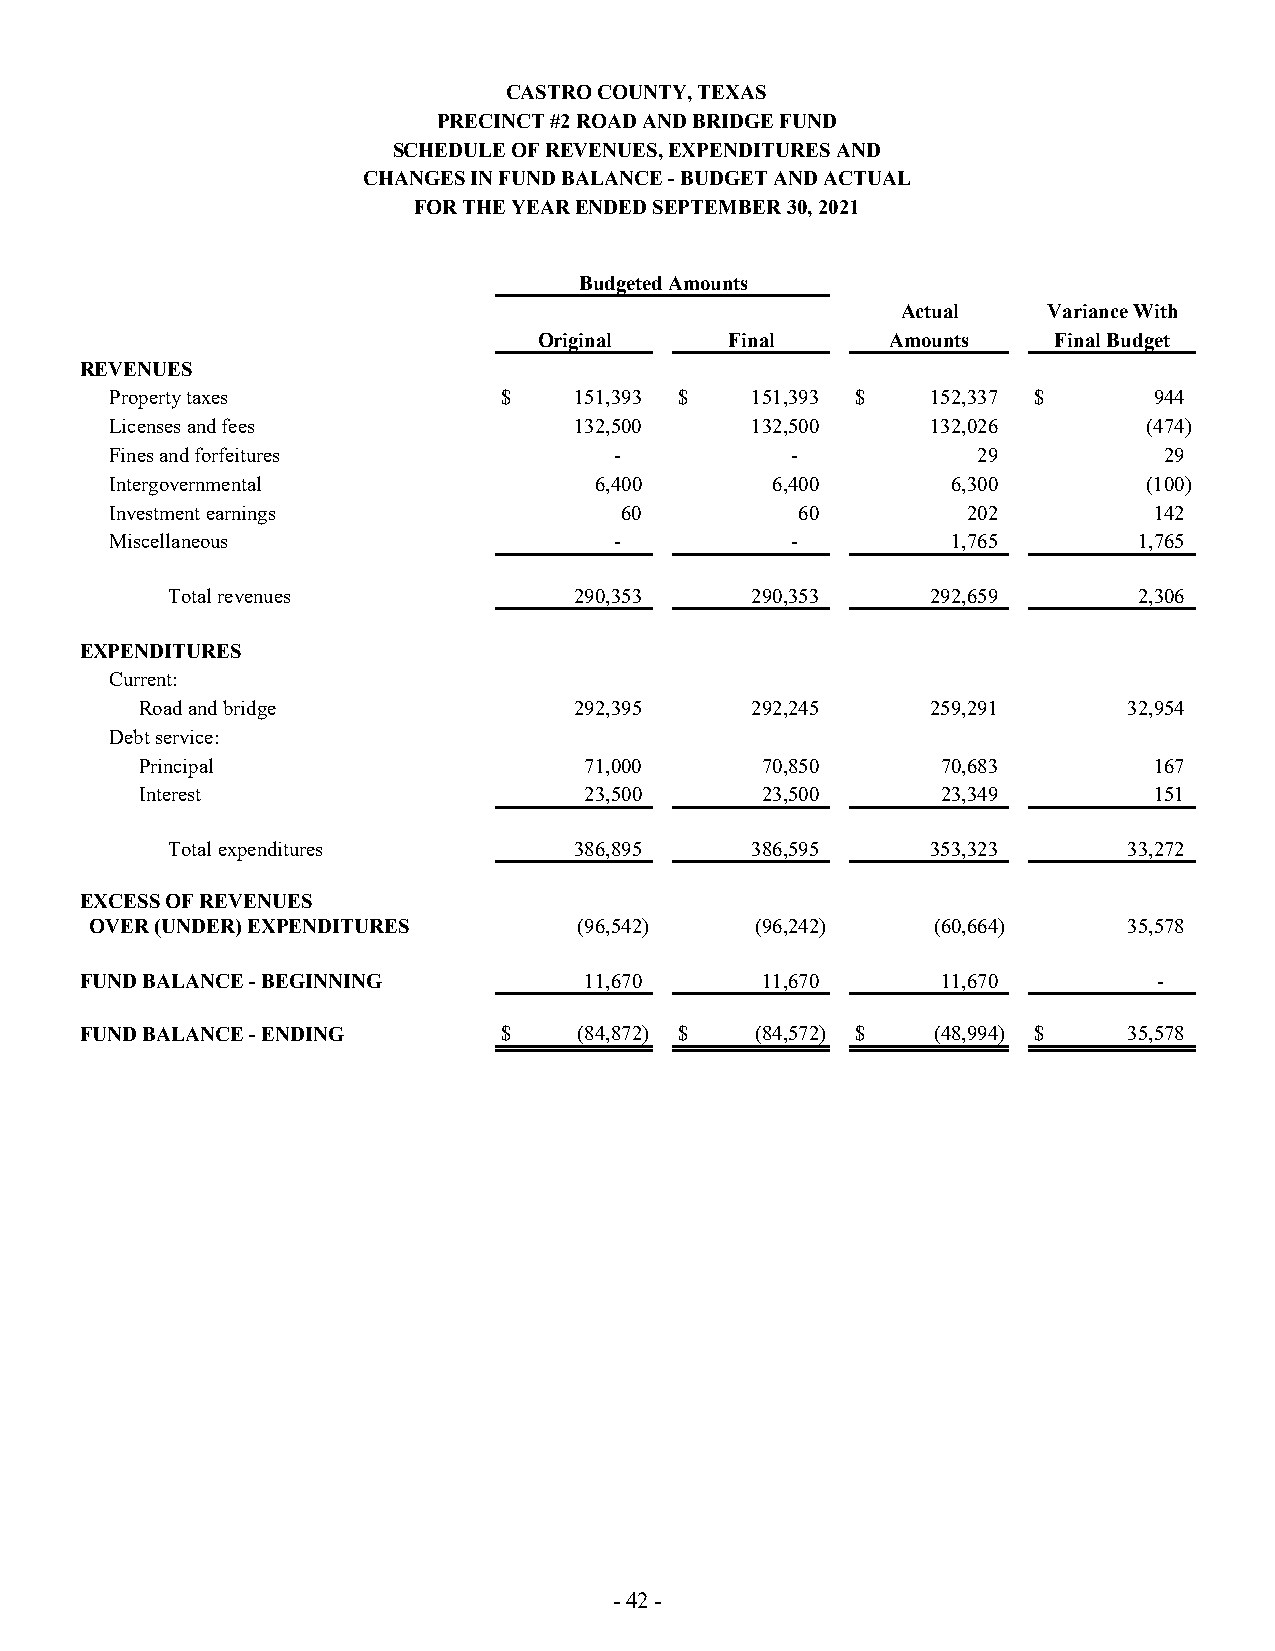
CASTRO COUNTY, TEXAS
 PRECINCT #2 ROAD AND BRIDGE FUND
 SCHEDULE OF REVENUES, EXPENDITURES AND
 CHANGES IN FUND BALANCE - BUDGET AND ACTUAL
 FOR THE YEAR ENDED SEPTEMBER 30, 2021
 Budgeted Amounts
 Actual   Variance With
 Original    Final      Amounts    Final Budget
 REVENUES
 Property taxes            $    151,393 $   151,393 $   152,337 $     944
 Licenses and fees              132,500     132,500     132,026       (474)
 Fines and forfeitures             -          -            29          29
 Intergovernmental               6,400       6,400       6,300        (100)
 Investment earnings               60          60         202         142
 Miscellaneous                     -          -          1,765       1,765
 Total revenues             290,353     290,353     292,659      2,306
 EXPENDITURES
 Current:
 Road and bridge              292,395     292,245     259,291      32,954
 Debt service:
 Principal                     71,000     70,850      70,683        167
 Interest                      23,500     23,500      23,349        151
 Total expenditures         386,895     386,595     353,323      33,272
 EXCESS OF REVENUES
 OVER (UNDER) EXPENDITURES       (96,542)    (96,242)    (60,664)     35,578
 FUND BALANCE - BEGINNING          11,670     11,670      11,670         -
 FUND BALANCE - ENDING       $    (84,872) $  (84,572) $  (48,994) $   35,578
 - 42 -